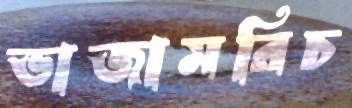
ভাজামরিচ